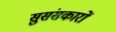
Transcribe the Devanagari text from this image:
सुसंसकारों